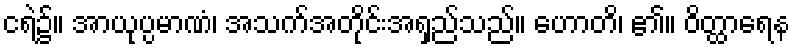
ငရဲ၌။ အာယုပ္ပမာဏံ၊ အသက်အတိုင်းအရှည်သည်။ ဟောတိ၊ ၏။ ဝိတ္ထာရေန